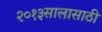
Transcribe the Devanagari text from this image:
२०१३सालासाठी